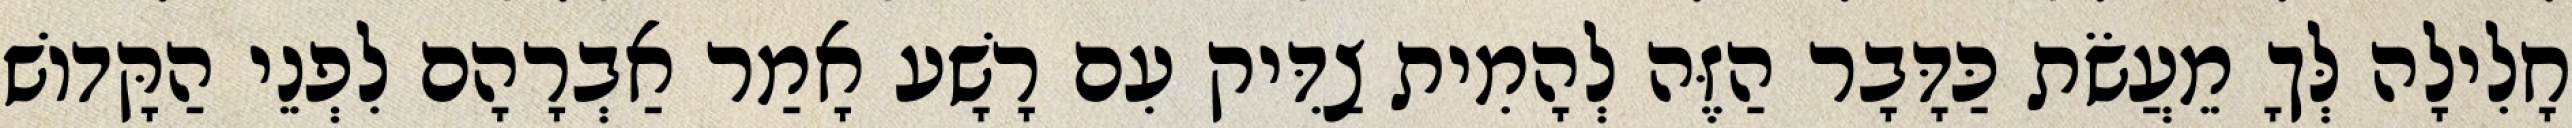
חָלִילָה לְּךָ מֵעֲשֹׂת כַּדָּבָר הַזֶּה לְהָמִית צַדִּיק עִם רָשָׁע אָמַר אַבְרָהָם לִפְנֵי הַקָּדוֹשׁ